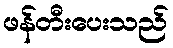
ဖန်တီးပေးသည်